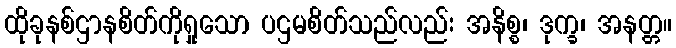
ထိုခုနစ်ဌာနစိတ်ကိုရှုသော ပဌမစိတ်သည်လည်း အနိစ္စ၊ ဒုက္ခ၊ အနတ္တ။